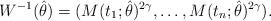
LaTeX: \begin{align*}W^{-1}(\hat{\theta})= (M(t_1;\hat{\theta})^{2\gamma},\dots,M(t_n;\hat{\theta})^{2\gamma}).\end{align*}